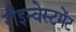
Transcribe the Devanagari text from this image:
रीइन्वेस्टमेंट